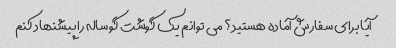
آیا برای سفارش آماده هستید؟ می توانم یک گوشت گوساله را پیشنهاد کنم